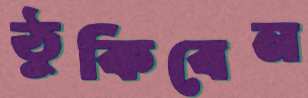
ঠুকিবেন